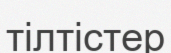
тілтістер